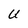
Character: U